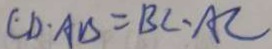
C D \cdot A B = B C \cdot A C